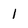
Character: I